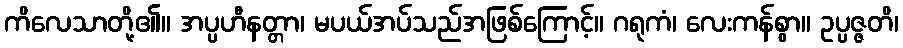
ကိလေသာတို့၏။ အပ္ပဟီနတ္တာ၊ မပယ်အပ်သည်အဖြစ်ကြောင့်။ ဂရုကံ၊ လေးကန်စွာ။ ဥပ္ပဇ္ဇတိ၊